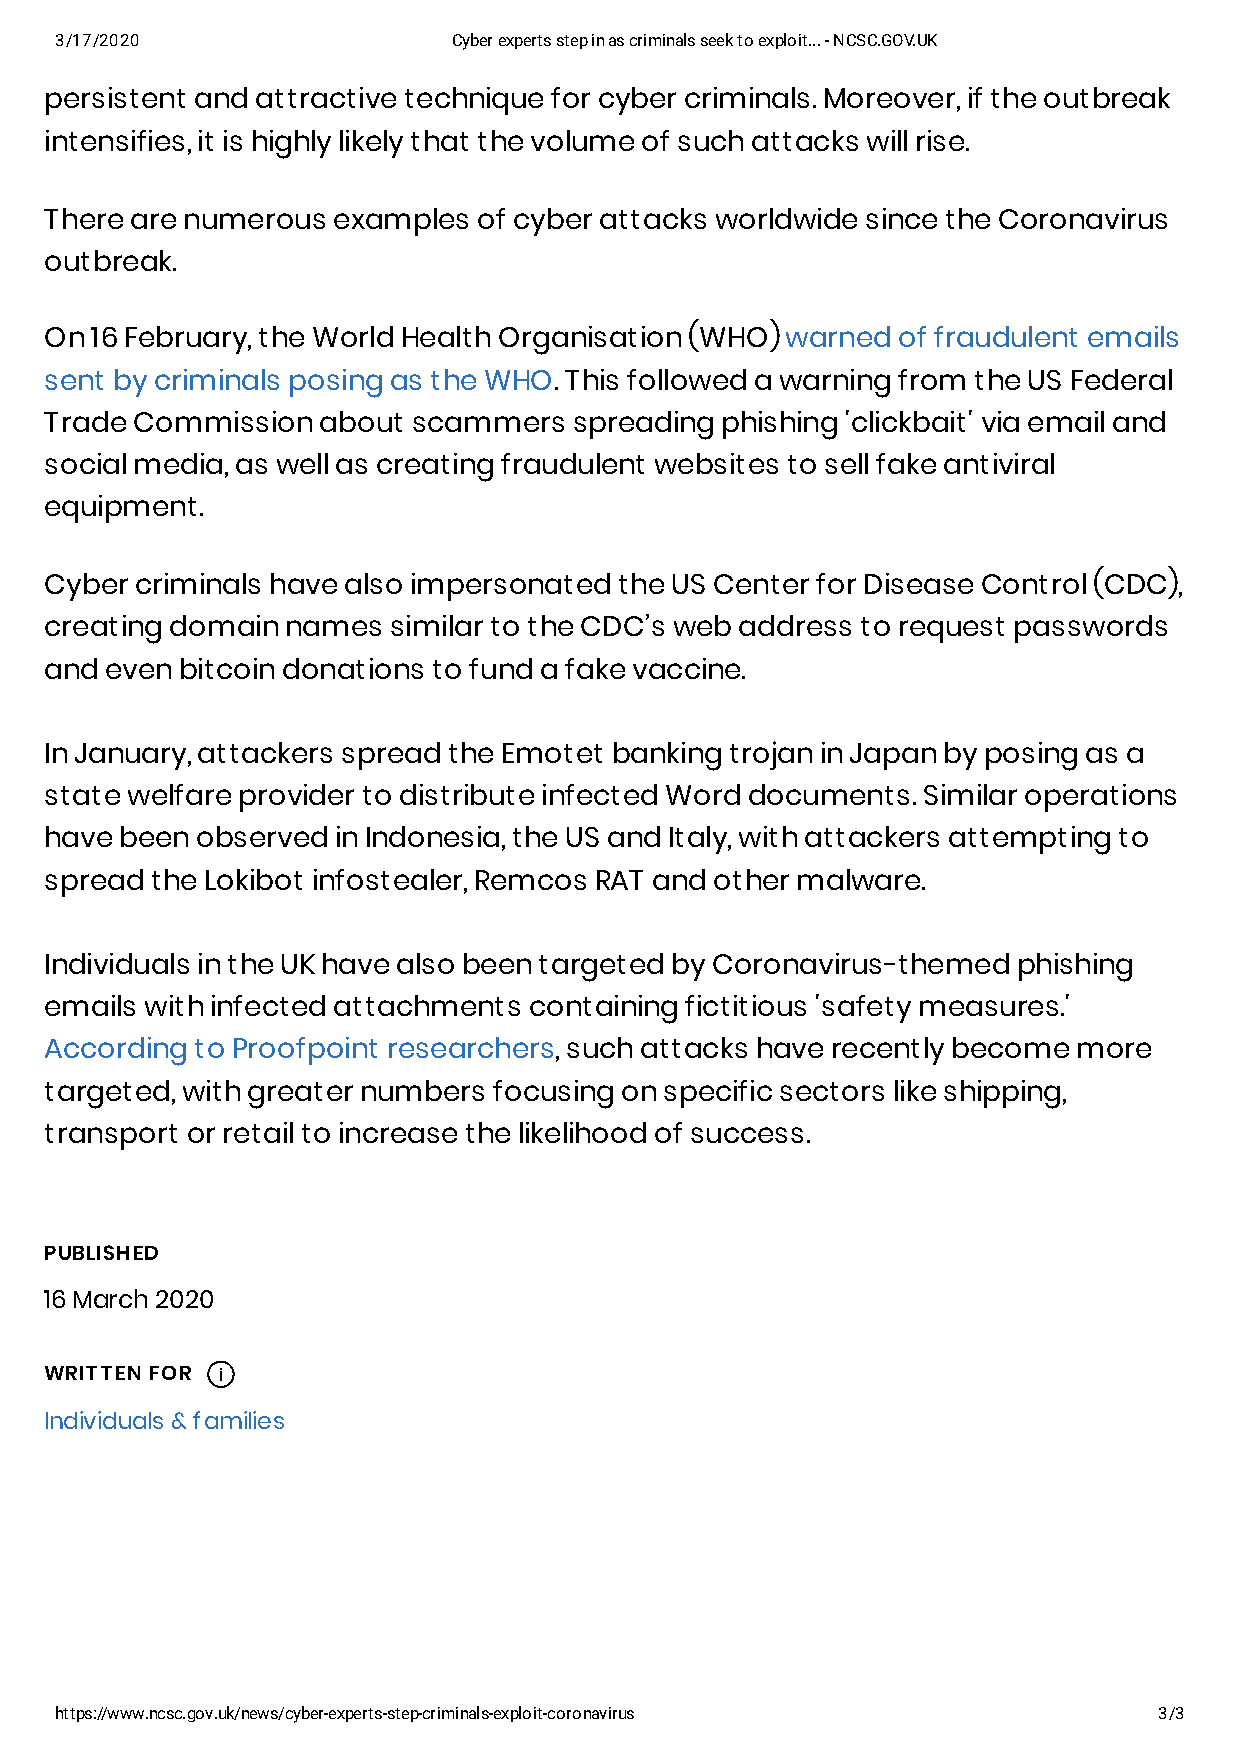
3/17/2020                 Cyber experts step in as criminals seek to exploit... - NCSC.GOV.UK
 persistent and attractive technique for cyber criminals. Moreover, if the outbreak
 intensifies, it is highly likely that the volume of such attacks will rise.
 There are numerous examples  of cyber attacks worldwide since the Coronavirus
 outbreak.
 On 16 February, the World Health Organisation (WHO) warned of fraudulent emails
 sent by criminals posing as the WHO. This followed a warning from the US Federal
 Trade Commission  about scammers   spreading phishing 'clickbait' via email and
 social media, as well as creating fraudulent websites to sell fake antiviral
 equipment.
 Cyber criminals have also impersonated the US Center for Disease Control (CDC),
 creating domain names  similar to the CDC’s web address to request passwords
 and even bitcoin donations to fund a fake vaccine.
 In January, attackers spread the Emotet banking trojan in Japan by posing as a
 state welfare provider to distribute infected Word documents. Similar operations
 have been observed in Indonesia, the US and Italy, with attackers attempting to
 spread the Lokibot infostealer, Remcos RAT and other malware.
 Individuals in the UK have also been targeted by Coronavirus-themed phishing
 emails with infected attachments containing fictitious 'safety measures.'
 According to Proofpoint researchers, such attacks have recently become more
 targeted, with greater numbers focusing on specific sectors like shipping,
 transport or retail to increase the likelihood of success.
 PUBLISHED
 16 March 2020
 WRITTEN FOR i
 Individuals & families
 https://www.ncsc.gov.uk/news/cyber-experts-step-criminals-exploit-coronavirus 3/3